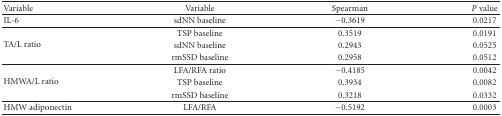
| Variable | Variable | Spearman | P value |
 | --- | --- | --- | --- |
 | IL-6 | sdNN baseline | −0.3619 | 0.0217 |
 | <ROWSPAN=3> TA/L ratio | TSP baseline | 0.3519 | 0.0191 |
 | sdNN baseline | 0.2943 | 0.0525 |
 | rmSSD baseline | 0.2958 | 0.0512 |
 | <ROWSPAN=3> HMWA/L ratio | LFA/RFA ratio | −0.4185 | 0.0042 |
 | TSP baseline | 0.3934 | 0.0082 |
 | rmSSD baseline | 0.3218 | 0.0332 |
 | HMW adiponectin | LFA/RFA | −0.5192 | 0.0003 |